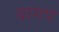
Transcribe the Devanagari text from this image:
बागप